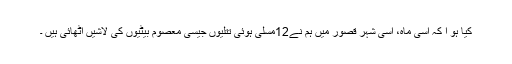
کیا ہو ا کہ اسی ماہ، اسی شہر قصور میں ہم نے12مسلی ہوئی تتلیوں جیسی معصوم بیٹیوں کی لاشیں اٹھائی ہیں ۔